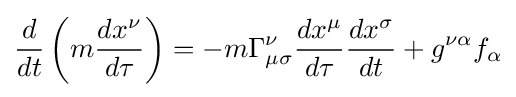
{\frac {d}{dt}}\left(m{\frac {dx^{\nu }}{d\tau }}\right)=-m\Gamma _{\mu \sigma }^{\nu }{\frac {dx^{\mu }}{d\tau }}{\frac {dx^{\sigma }}{dt}}+g^{\nu \alpha }f_{\alpha }